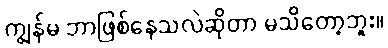
ကျွန်မ ဘာဖြစ်နေသလဲဆိုတာ မသိတော့ဘူး။